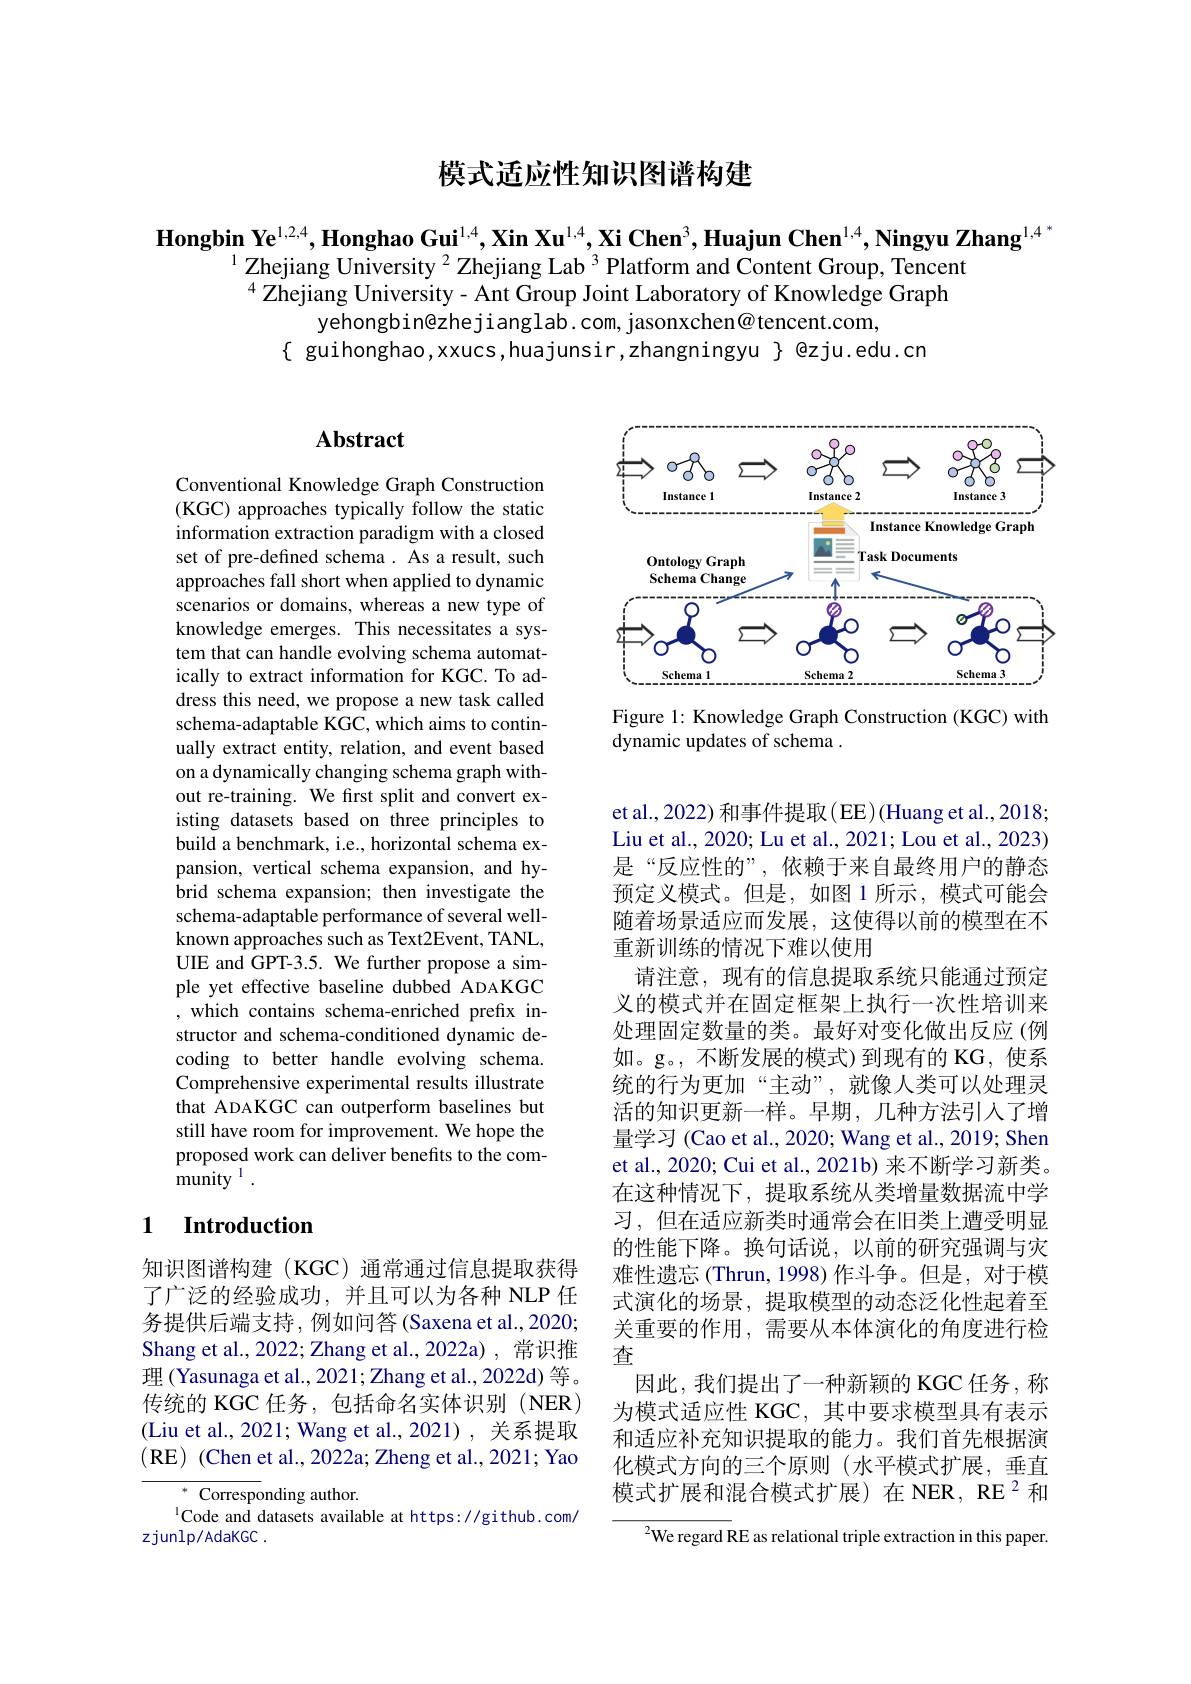
## 模式适应性知识图谱构建

$\mathbf{Hongbin~Ye}^{1,2,4},\mathbf{Honghao~Gui}^{1,4},\mathbf{Xin~Xu}^{1,4},\mathbf{Xi~Chen}^3,\mathbf{Huajun~Chen}^{1,4},\mathbf{Ningyu~Zhang}^{1,4^*}_{11}\text{Zhejiang University }^2\text{Zhejiang Lab }^3$Platform and Content Group, Tencent
$^{4}$ Zhejiang University- Ant Group Joint Laboratory of Knowledge Graph
yehongbin@zhejianglab.com, jasonxchen@tencent.com,
$\{$ guihonghao, xxucs, huajunsir, zhangningyu $\}$ @zju.edu.cn

## $\mathbf{Abstract}$

Conventional Knowledge Graph Construction (KGC) approaches typically follow the static information extraction paradigm with a closed set of pre-defined schema. As a result, such approaches fall short when applied to dynamic scenarios or domains, whereas a new type of knowledge emerges. This necessitates a system that can handle evolving schema automatically to extract information for KGC. To address this need, we propose a new task called schema-adaptable KGC, which aims to continually extract entity, relation, and event based on a dynamically changing schema graph without re-training. We first split and convert existing datasets based on three principles to build a benchmark, i.e., horizontal schema expansion, vertical schema expansion, and hybrid schema expansion; then investigate the schema-adaptable performance of several wellknown approaches such as Text2Event, TANL, UIE and GPT-3.5. We further propose a simple yet effective baseline dubbed ADAKGC ,which contains schema-enriched prefix instructor and schema-conditioned dynamic decoding to better handle evolving schema. Comprehensive experimental results illustrate that ADAKGC can outperform baselines but still have room for improvement. We hope the proposed work can deliver benefits to the com- ${\hat{\text{munity}}^{1}}.$

### 1 $\textbf{Introduction}$

知识图谱构建(KGC)通常通过信息提取获得了广泛的经验成功，并且可以为各种 NLP 任务提供后端支持，例如问答(Saxena et al.,2020; Shang et al., 2022; Zhang et al., 2022a) , 常识推理(Yasunaga et al., 2021; Zhang et al., 2022d) 等。传统的 KGC 任务，包括命名实体识别 (NER) (Liu et al.,2021; Wang et al.,2021), 关系提取(RE) (Chen et al., 2022a; Zheng et al., 2021; Yao
${^{*}\text{Corresp}}$onding author.
$^{1}$Code and datasets available at https://github.com/

zjunlp/AdaKGC .

<FigureHere>

Figure 1: Knowledge Graph Construction (KGC) with
dynamic updates of schema .

et al., 2022) 和事件提取( EE)(Huang et al., 2018; Liu et al., 2020; Lu et al., 2021; Lou et al., 2023) 是“反应性的”,依赖于来自最终用户的静态预定义模式。但是，如图 1 所示，模式可能会随着场景适应而发展，这使得以前的模型在不重新训练的情况下难以使用
请注意，现有的信息提取系统只能通过预定义的模式并在固定框架上执行一次性培训来处理固定数量的类。最好对变化做出反应(例如。g。, 不断发展的模式) 到现有的 KG, 使系统的行为更加“主动”,就像人类可以处理灵活的知识更新一样。早期，几种方法引入了增量学习(Cao et al., 2020; Wang et al., 2019; Shen et al., 2020; Cui et al., 2021b) 来不断学习新类。在这种情况下，提取系统从类增量数据流中学习，但在适应新类时通常会在旧类上遭受明显的性能下降。换句话说，以前的研究强调与灾难性遗忘 (Thrun, 1998) 作斗争。但是，对于模式演化的场景，提取模型的动态泛化性起着至关重要的作用，需要从本体演化的角度进行检查
因此，我们提出了一种新颖的 KGC 任务，称为模式适应性 KGC, 其中要求模型具有表示和适应补充知识提取的能力。我们首先根据演化模式方向的三个原则(水平模式扩展，垂直模式扩展和混合模式扩展)在 NER, RE $^2$和
${^{2}}$We regard RE as relational triple extraction in this paper.